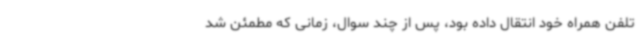
تلفن همراه خود انتقال داده بود، پس از چند سوال، زمانی که مطمئن شد